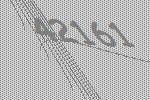
42161